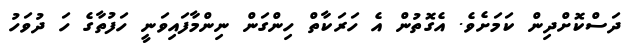
ދަސްކޮށްދިން ކަމަށެވެ. އެގޮތުން އެ ހަރަކާތް ހިންގަން ނިންމާފައިވަނީ ހަފުތާގެ ހަ ދުވަހު